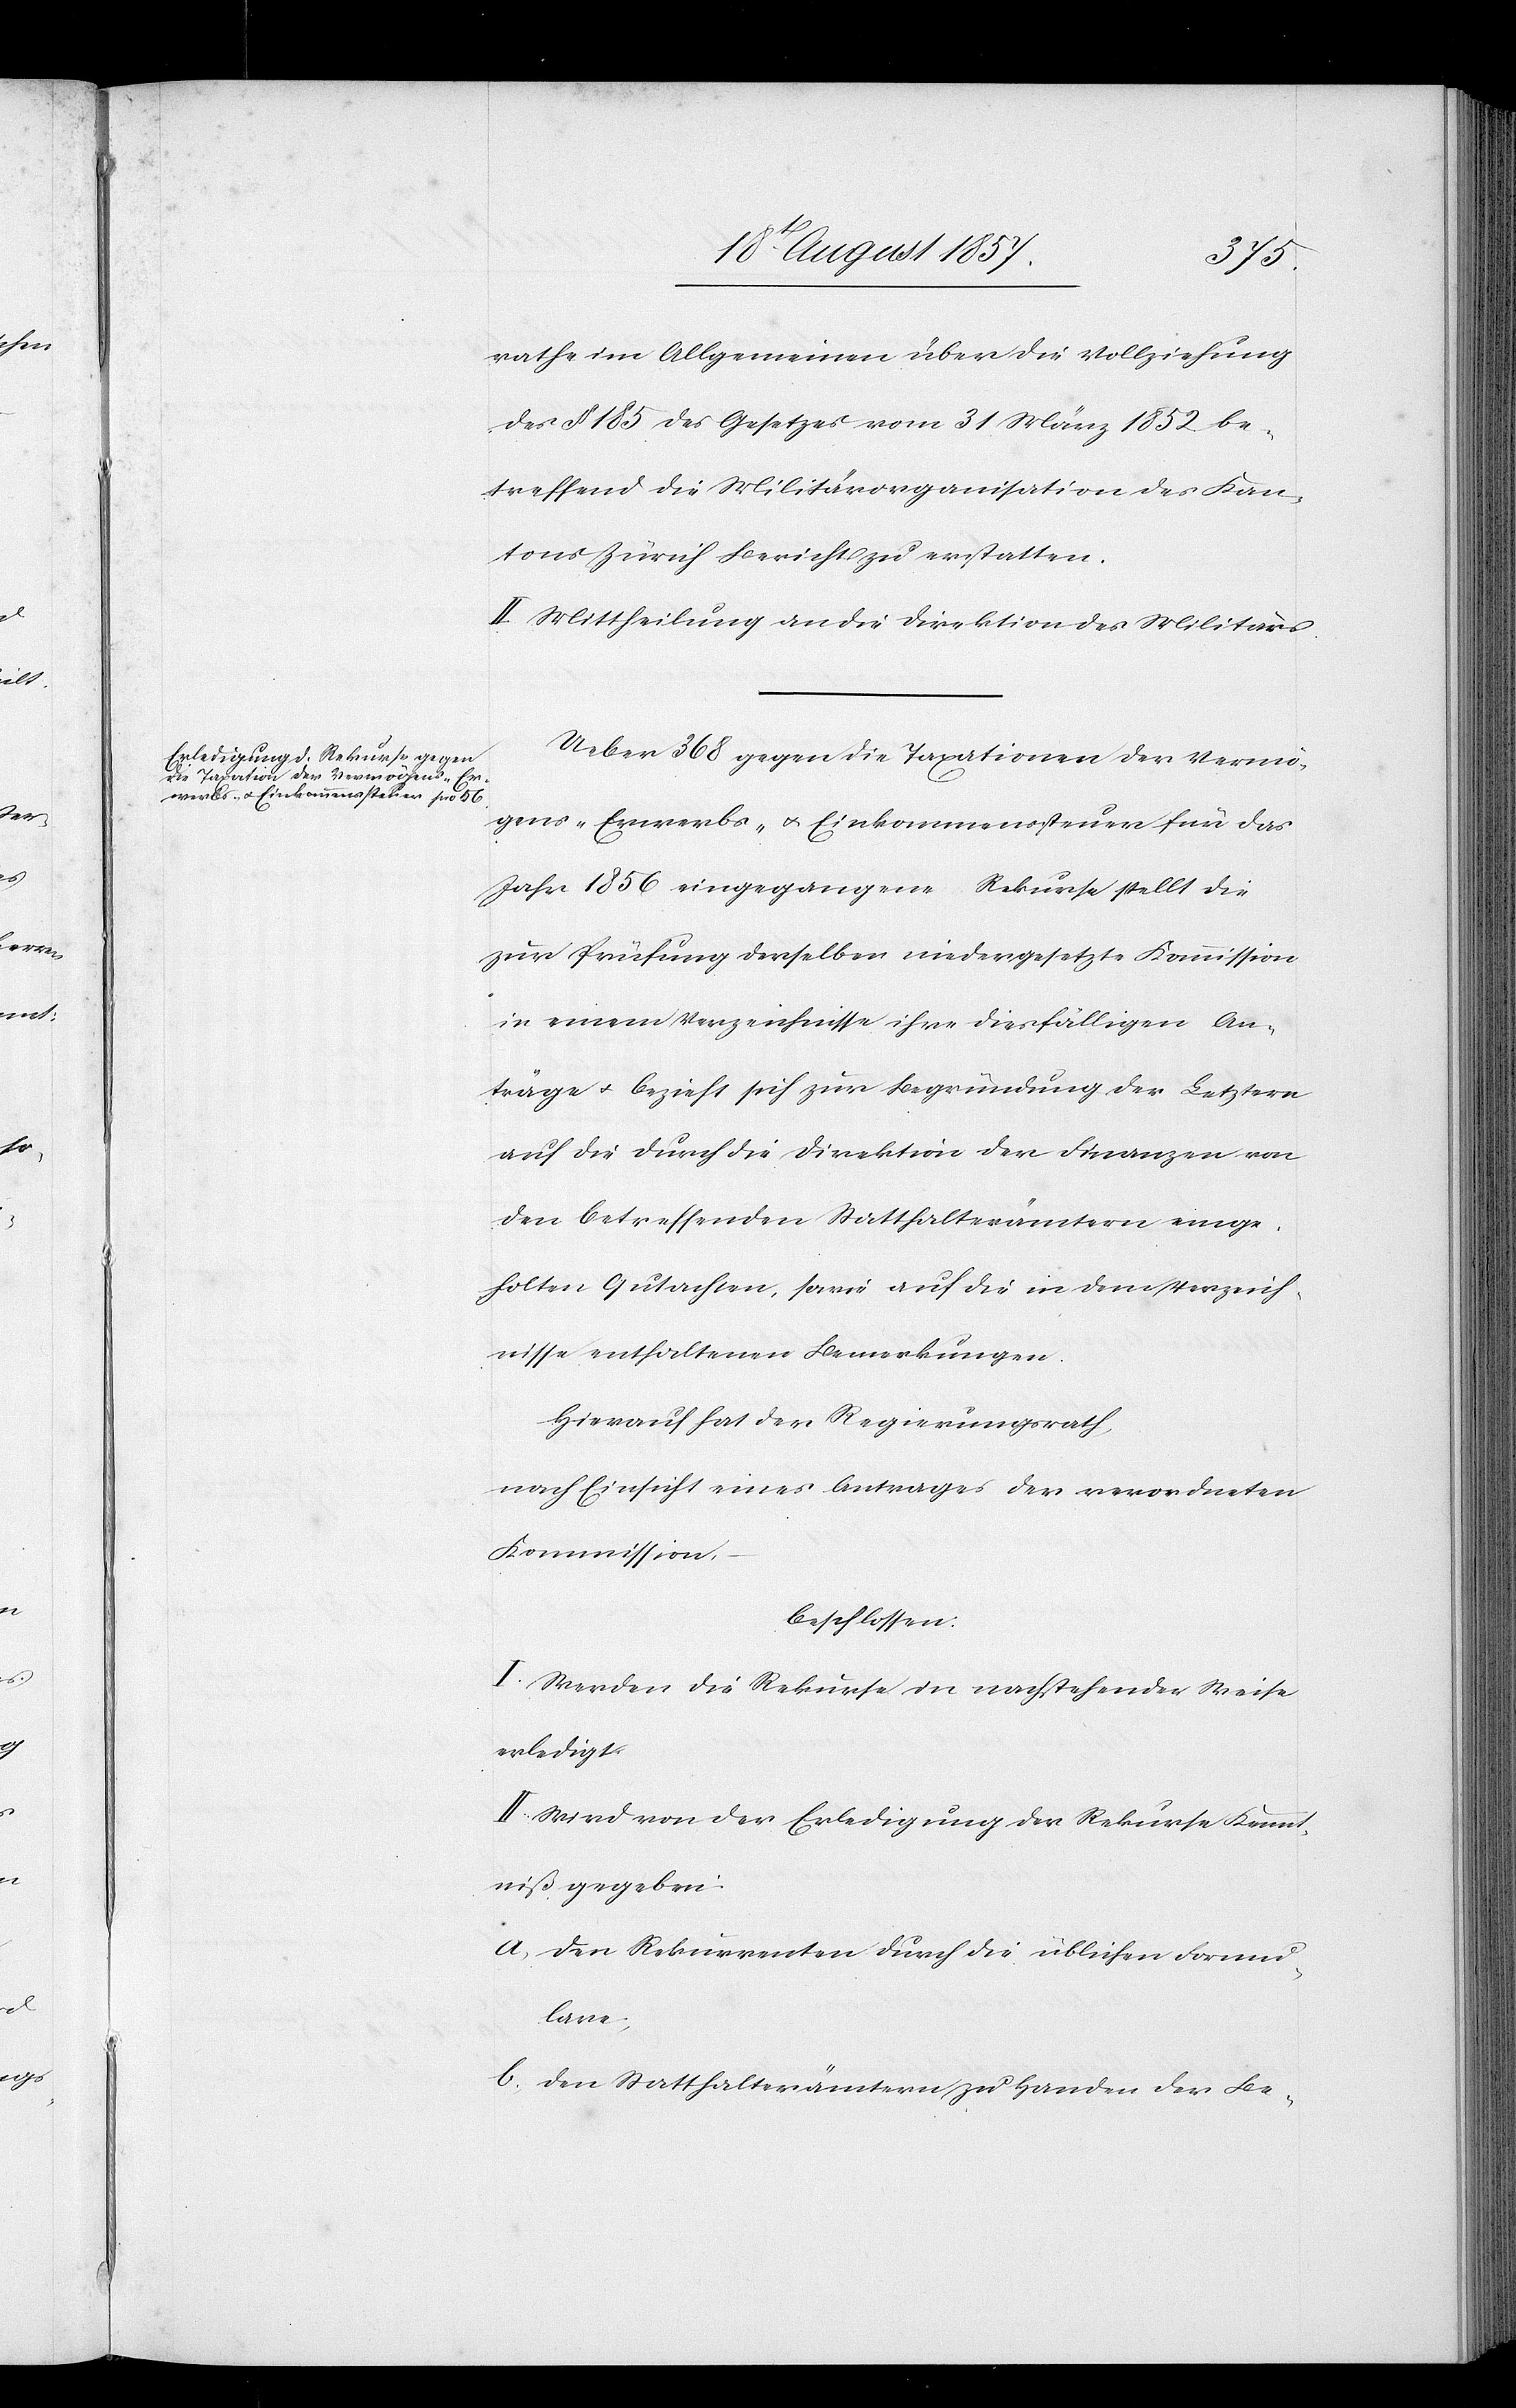
rath im Allgemeinen über die Vollziehung
des § 185 des Gesetzes vom 31 März 1852 be¬
treffend die Militärorganisation des Kan¬
tons Zürich Bericht zu erstatten.
Ueber 368 gegen die Taxationen der Vermö¬
gens- Erwerbs- & Einkommenssteuer für das
Jahr 1856 eingegangene Rekurse stellt die
zur Prüfung derselben niedergesetzte Kommission
in einem Verzeichnisse ihre diesfälligen An¬
träge & bezieht sich zur Begründung der Letztern
auf die durch die Direktion der Finanzen von
den betreffenden Statthalterämtern einge¬
holten Gutachten, sowie auf die in dem Verzeich¬
nisse enthaltenen Bemerkungen.
Hierauf hat der Regierungsrath,
nach Einsicht eines Antrages der verordneten
Kommission,
beschlossen:
I. Werden die Rekurse in nachstehender Weise
erledigt.
II. Wird von der Erledigung der Rekurse Kennt¬
niß gegeben:
a) den Rekurrenten durch die üblichen Formu¬
lare;
b) den Statthalterämtern zu Handen der Be-